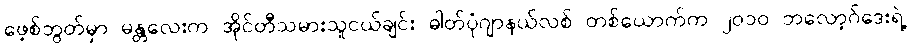
ဖေ့စ်ဘွတ်မှာ မန္တလေးက အိုင်တီသမားသူငယ်ချင်း ဓါတ်ပုံဂျာနယ်လစ် တစ်ယောက်က ၂၀၁၀ ဘလော့ဂ်ဒေးရဲ့